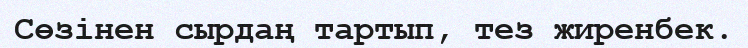
Сөзінен сырдаң тартып, тез жиренбек.